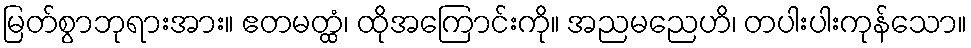
မြတ်စွာဘုရားအား။ ဧတမတ္ထံ၊ ထိုအကြောင်းကို။ အညမညေဟိ၊ တပါးပါးကုန်သော။